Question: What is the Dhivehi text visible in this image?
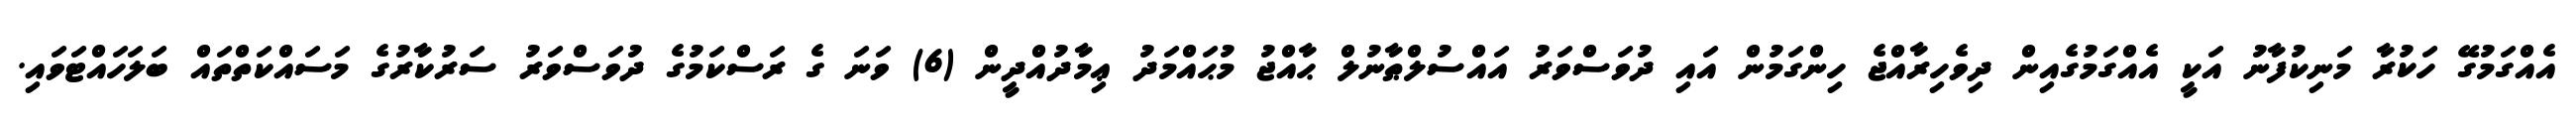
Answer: އެއްގަމުގޭ ހަކުރާ މަނިކުފާނު އަކީ އެއްގަމުގެއިން ދިވެހިރާއްޖެ ހިންގަމުން އައި ދުވަސްވަރު އައްސުލްޠާނުލް ޙާއްޖު މުޙައްމަދު ޢިމާދުއްދީން (6) ވަނަ ގެ ރަސްކަމުގެ ދުވަސްވަރު ސަރުކާރުގެ މަސައްކަތްތައް ބަލަހައްޓަވައި.